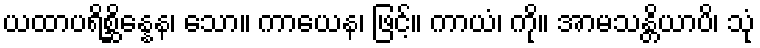
ယထာပရိစ္ဆိန္နေန၊ သော။ ကာယေန၊ ဖြင့်။ ကာယံ၊ ကို။ အာမသန္တိယာပိ၊ သုံ